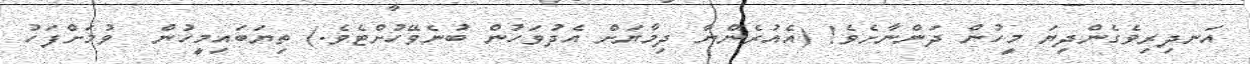
އަނދިރިވެގެންދިޔަ މީހުން ދަންނާށެވެ! (އެއުރެންނާ ދިމާޔަށް އެދުވަހުން ބުނެވޭހުށްޓެވެ.) ތިޔަބައިމީހުން  ވުމަށްފަހު